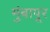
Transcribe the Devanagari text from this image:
मुंबापूर